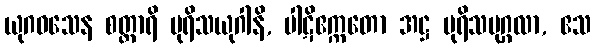
ယုဂဝသေန စတ္တာရိ ပုရိသယုဂါနိ, ပါဋိဧက္ကတော အဋ္ဌ ပုရိသပုဂ္ဂလာ, ဧသ